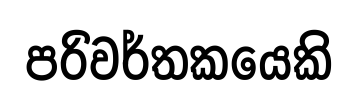
පරිවර්තකයෙකි